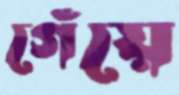
গেঁয়ে